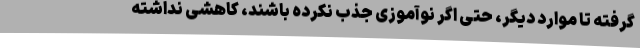
گرفته تا موارد دیگر، حتی اگر نوآموزی جذب نکرده باشند، کاهشی نداشته